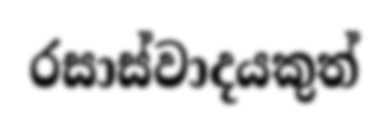
රසාස්වාදයකුත්